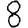
Digit: 8